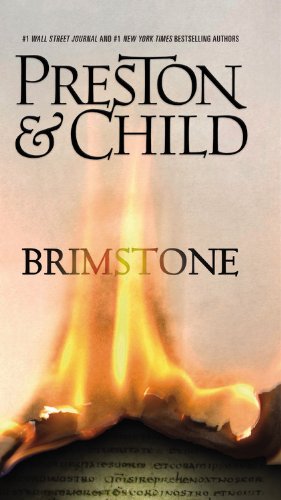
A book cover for Brimstone (Agent Pendergast series); Douglas Preston; Mystery, Thriller & Suspense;